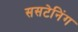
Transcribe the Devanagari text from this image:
ससटेनिंग